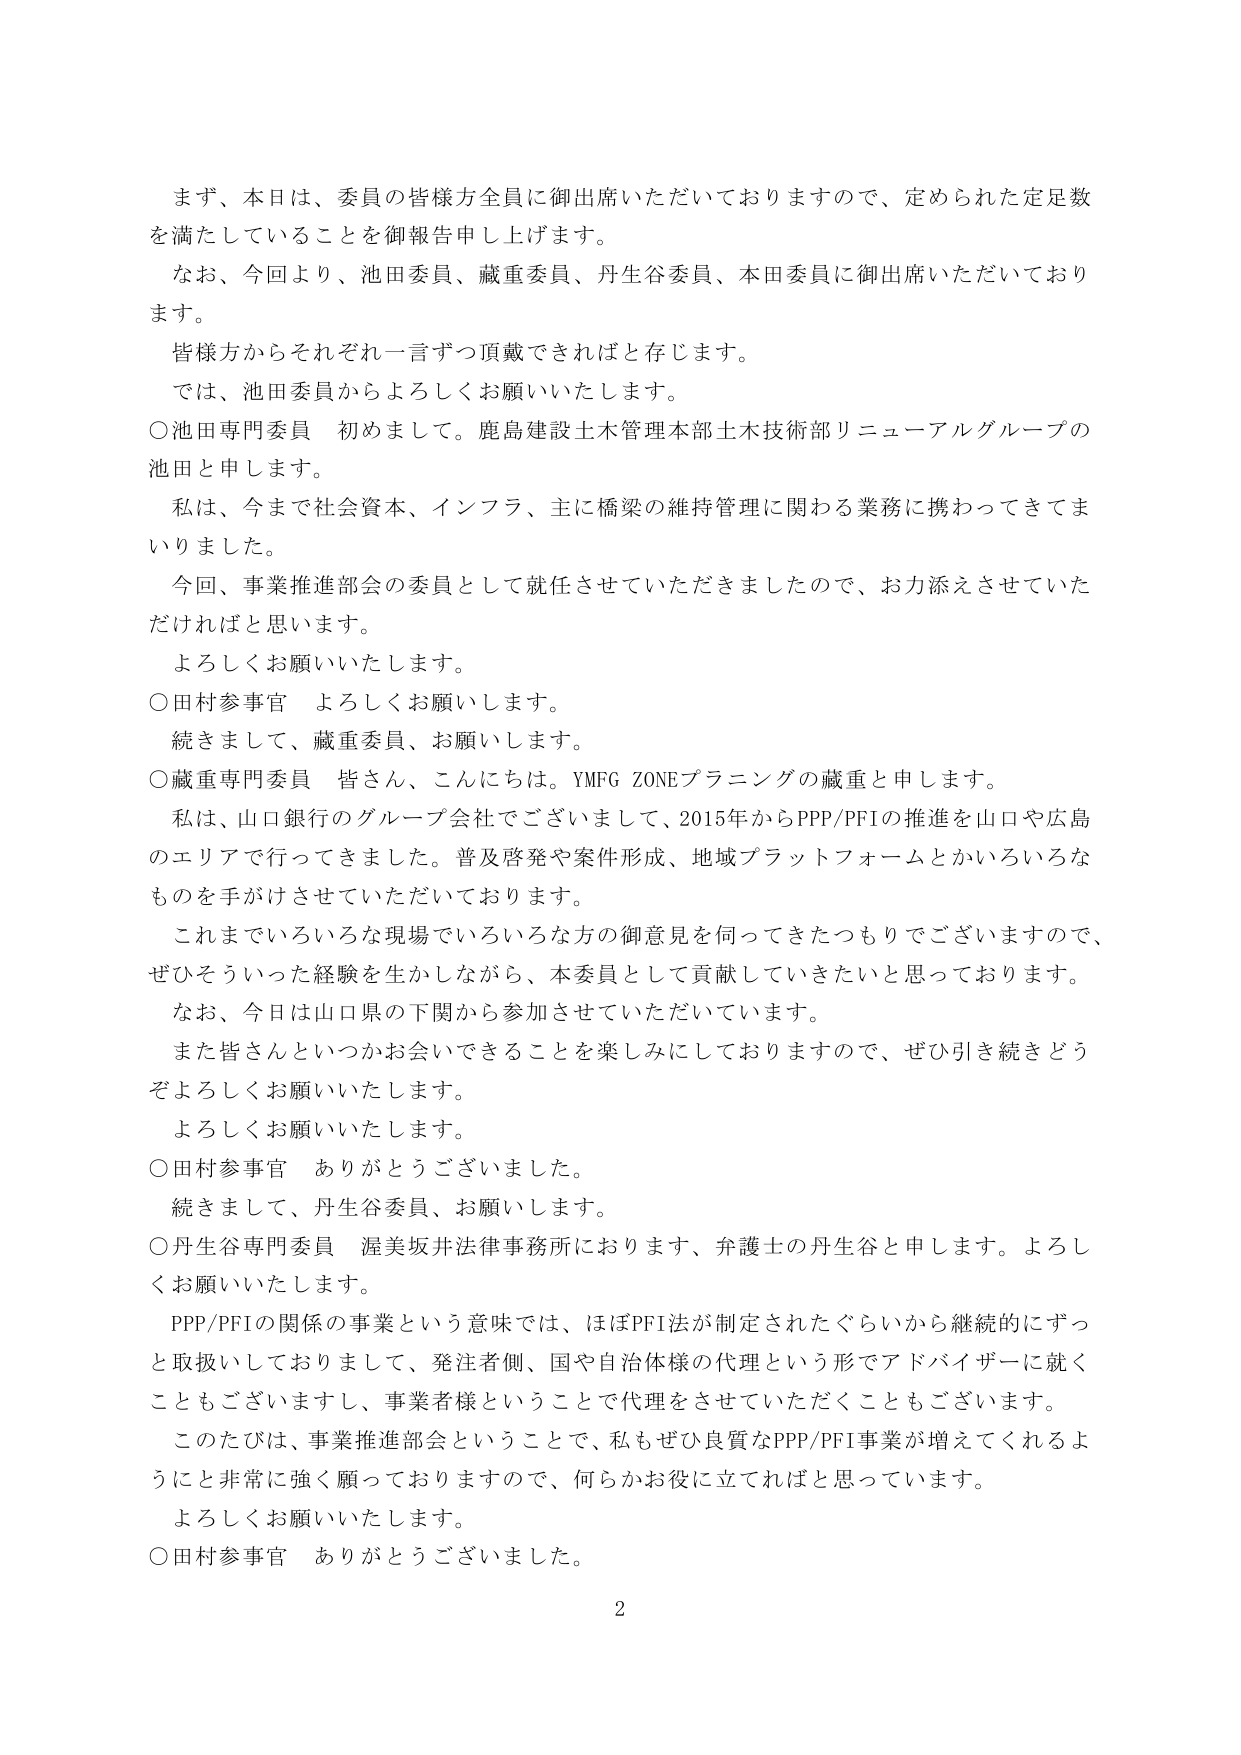
まず、本日は、委員の皆様方全員に御出席いただいておりますので、定められた定足数を満たしていることを御報告申し上げます。

なお、今回より、池田委員、蔵重委員、丹生谷委員、本田委員に御出席いただいております。

皆様方からそれぞれ一言ずつ頂戴できればと存じます。

では、池田委員からよろしくお願いいたします。

○池田専門委員　初めまして。鹿島建設土木管理本部土木技術部リニューアルグループの池田と申します。

私は、今まで社会資本、インフラ、主に橋梁の維持管理に関わる業務に携わってきました。

今回、事業推進部会の委員として就任させていただきましたので、お力添えさせていただければと思います。

よろしくお願いいたします。

○田村参事官　よろしくお願いします。

続きまして、蔵重委員、お願いします。

○蔵重専門委員　皆さん、こんにちは。YMFG ZONEプランニングの蔵重と申します。

私は、山口銀行のグループ会社でございまして、2015年からPPP/PFIの推進を山口や広島のエリアで行ってきました。普及啓発や案件形成、地域プラットフォームとかいろいろなものを手がけさせていただいております。

これまでいろいろな現場でいろいろな方の御意見を伺ってきたつもりでございますので、ぜひそういった経験を生かしながら、本委員として貢献していきたいと思っております。

なお、今日は山口県の下関から参加させていただいています。

また皆さんといつかお会いできることを楽しみにしておりますので、ぜひ引き続きどうぞよろしくお願いいたします。

よろしくお願いいたします。

○田村参事官　ありがとうございました。

続きまして、丹生谷委員、お願いします。

○丹生谷専門委員　渥美坂井法律事務所におります、弁護士の丹生谷と申します。よろしくお願いいたします。

PPP/PFIの関係の事業という意味では、ほぼPFI法が制定されたぐらいから継続的にずっと取扱いしておりまして、発注者側、国や自治体様の代理という形でアドバイザーに就くこともございますし、事業者様ということで代理をさせていただくこともあります。

このたびは、事業推進部会ということで、私もぜひ良質なPPP/PFI事業が増えてくれるようにと非常に強く願っておりますので、何らかお役に立てればと思っています。

よろしくお願いいたします。

○田村参事官　ありがとうございました。

2